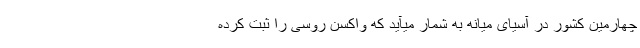
چهارمین کشور در آسیای میانه به شمار میآید که واکسن روسی را ثبت کرده